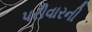
પરીવારની